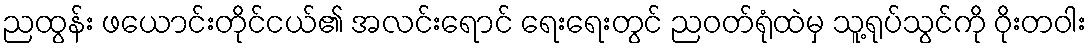
ညထွန်း ဖယောင်းတိုင်ငယ်၏ အလင်းရောင် ရေးရေးတွင် ညဝတ်ရုံထဲမှ သူ့ရုပ်သွင်ကို ဝိုးတဝါး